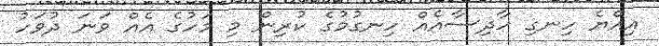
އިއްޔެ ހިނގި ހާދިސާއެއް ހިނގުމުގެ ކުރިން މި މަހުގެ އެއް ވަނަ ދުވަހު